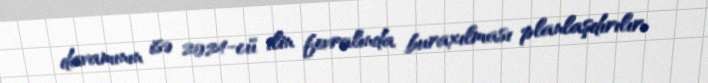
davamının isə 2024-cü ilin fevralında buraxılması planlaşdırılır.